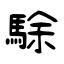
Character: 駼